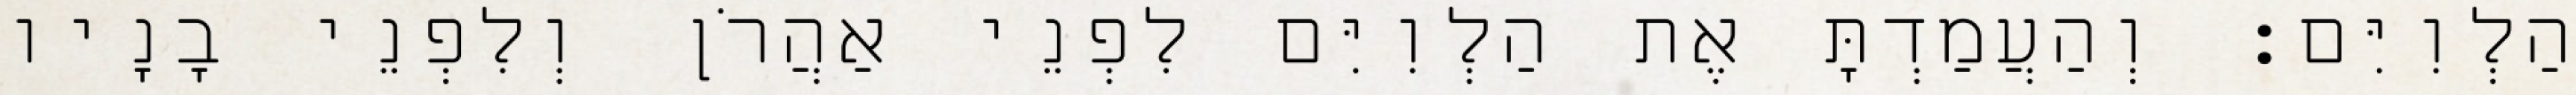
הַלְוִיִּם׃ וְהַעֲמַדְתָּ אֶת הַלְוִיִּם לִפְנֵי אַהֲרֹן וְלִפְנֵי בָנָיו